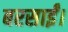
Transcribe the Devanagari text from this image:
बरसाईं।